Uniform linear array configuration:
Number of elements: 12
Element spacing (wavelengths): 0.5
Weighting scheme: hamming
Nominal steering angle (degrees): -15
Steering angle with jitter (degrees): -13.512
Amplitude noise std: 0.05
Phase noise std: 0.05

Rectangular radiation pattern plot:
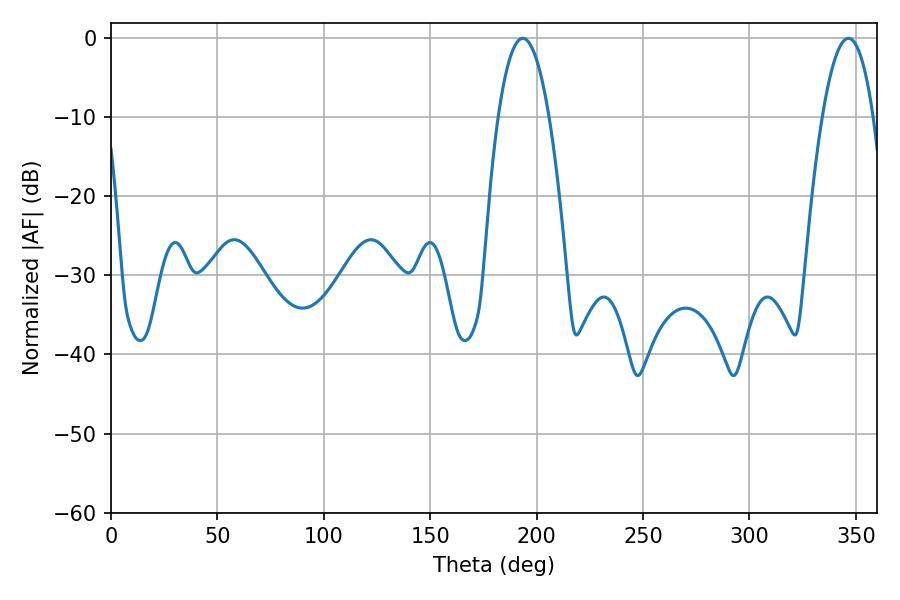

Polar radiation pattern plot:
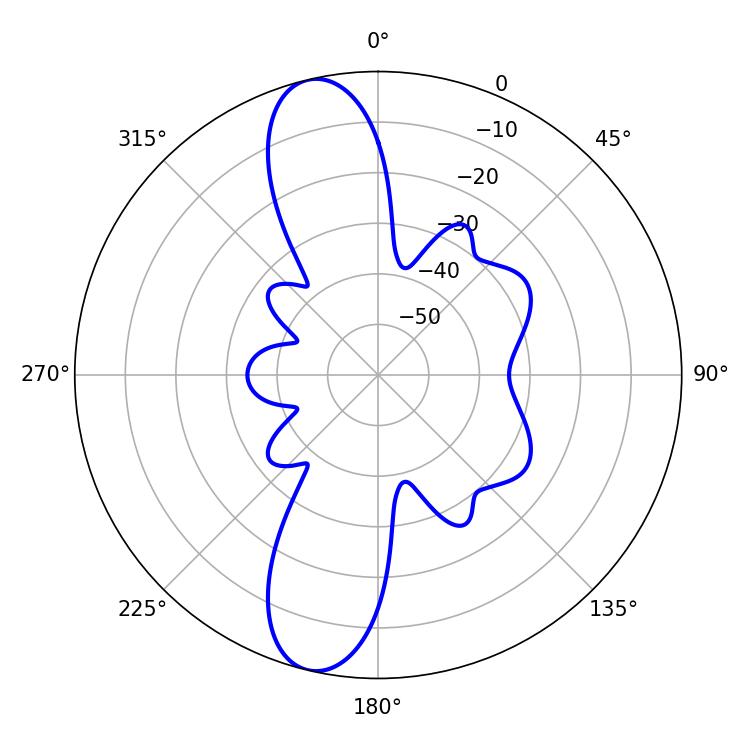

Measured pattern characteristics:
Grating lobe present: FALSE
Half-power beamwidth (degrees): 13.14
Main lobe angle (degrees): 193.5